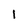
Character: 1